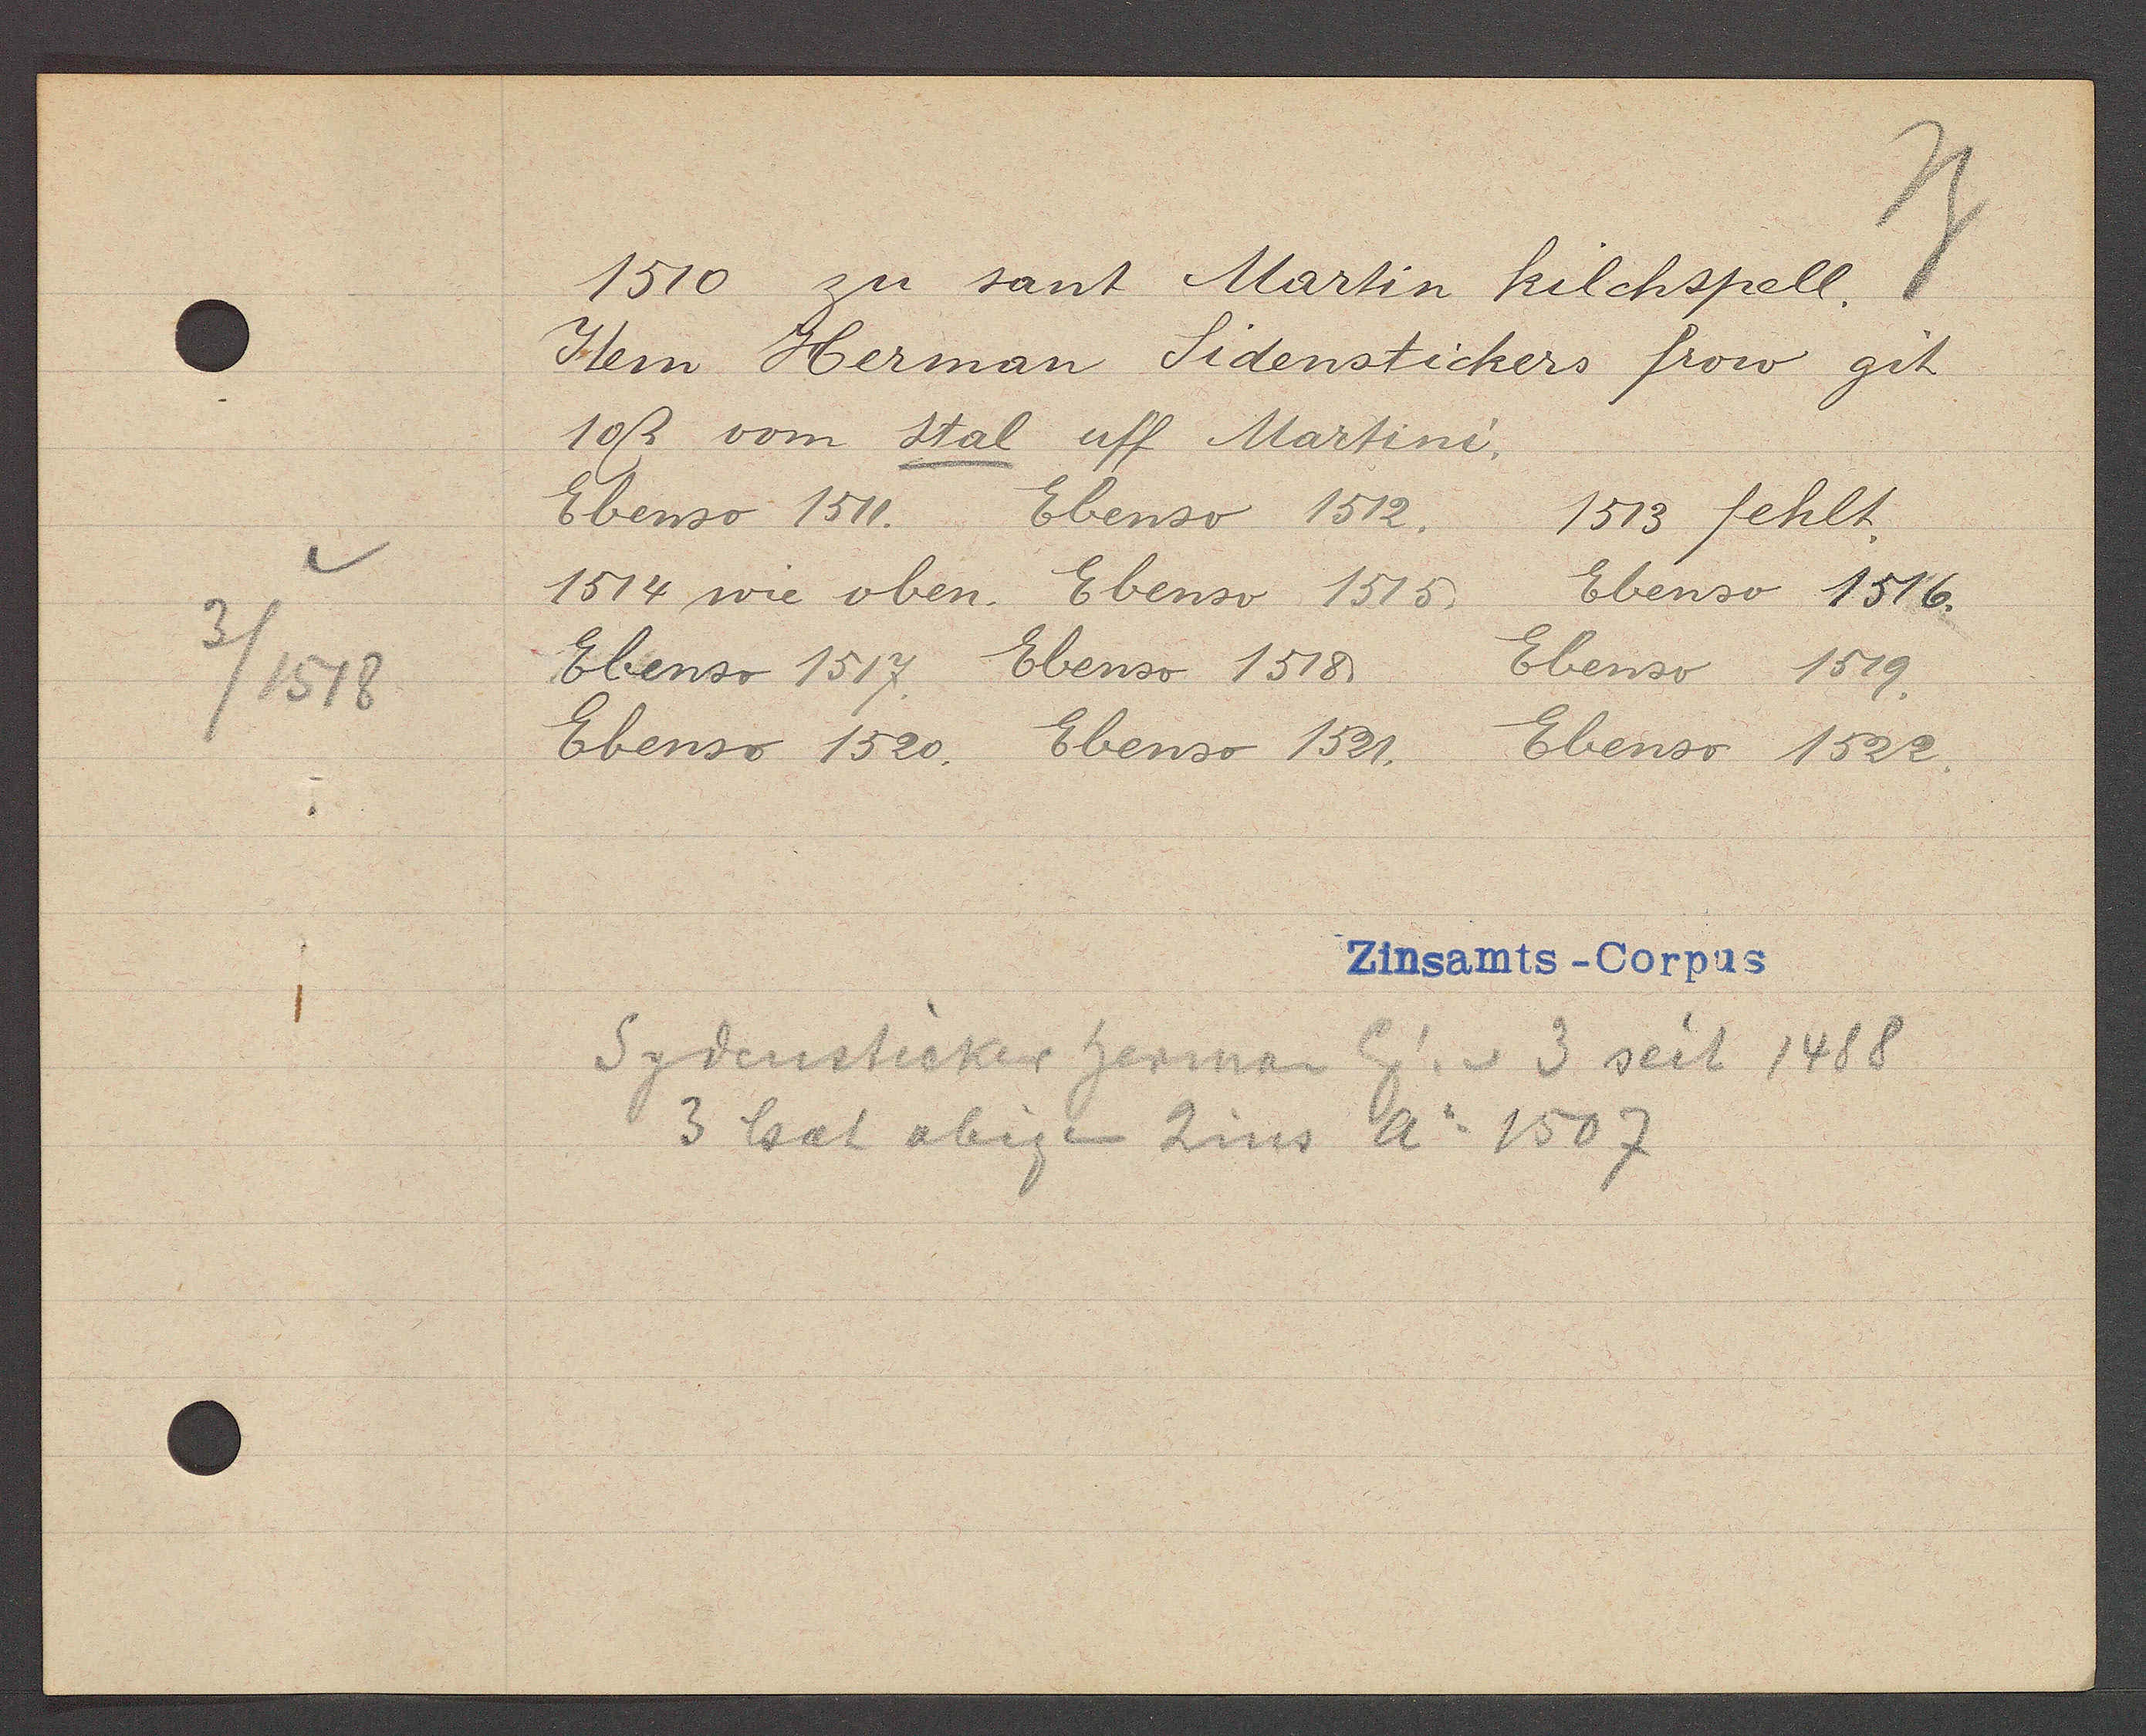
Transcript:
2
3 / 1518

1510 zu sant Martin kilchspell.

Item Herman Sidenstickers frow git
10ß vom stal uff Martini.
Ebenso 1511. Ebenso 1512. 1513 fehlt.
1514 wie oben. Ebenso 1515. Ebenso 1516.
Ebenso 1517. Ebenso 1518. Ebenso 1519.
Ebenso 1520. Ebenso 1521.
Ebenso 1522.

Zinsamts - Corpus

Sydensticker herman Eg. v. 3 seit 1488
3 hat obigen Zins Ao 1507